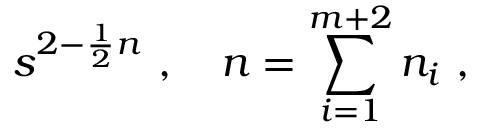
s ^ { 2 - \frac { 1 } { 2 } n } \ , \quad n = \sum _ { i = 1 } ^ { m + 2 } n _ { i } \ ,